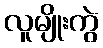
လူမျိုးကွဲ